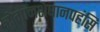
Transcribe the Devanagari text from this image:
रोगानशेषानपहंसि